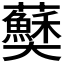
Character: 𫰅